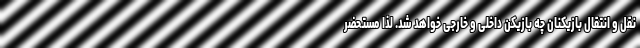
نقل و انتقال بازیکنان چه بازیکن داخلی و خارجی خواهد شد. لذا مستحضر